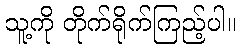
သူ့ကို တိုက်ရိုက်ကြည့်ပါ။